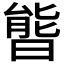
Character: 𣉘